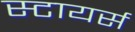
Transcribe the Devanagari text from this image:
स्टायर्स